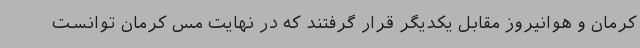
کرمان و هوانیروز مقابل یکدیگر قرار گرفتند که در نهایت مس کرمان توانست